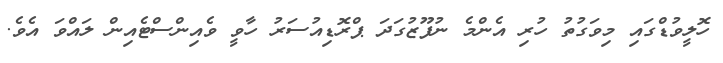
ހޮލީވުޑްގައި މިވަގުތު ހުރި އެންމެ ނުފޫޒުގަދަ ޕްރޮޑިއުސަރު ހާވީ ވެއިންސްޓެއިން ލައްވަ އެވެ.